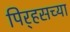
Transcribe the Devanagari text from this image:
पिर्‍हसच्या